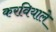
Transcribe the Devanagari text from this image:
करवियाले